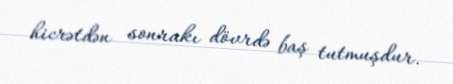
hicrətdən sonrakı dövrdə baş tutmuşdur.